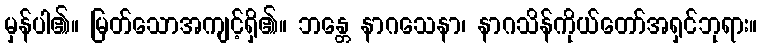
မှန်ပါ၏။ မြတ်သောအကျင့်ရှိ၏။ ဘန္တေ နာဂသေနာ၊ နာဂသိန်ကိုယ်တော်အရှင်ဘုရား။